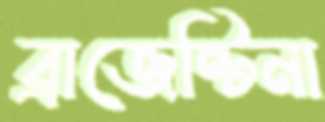
ব্রাজেন্টিনা